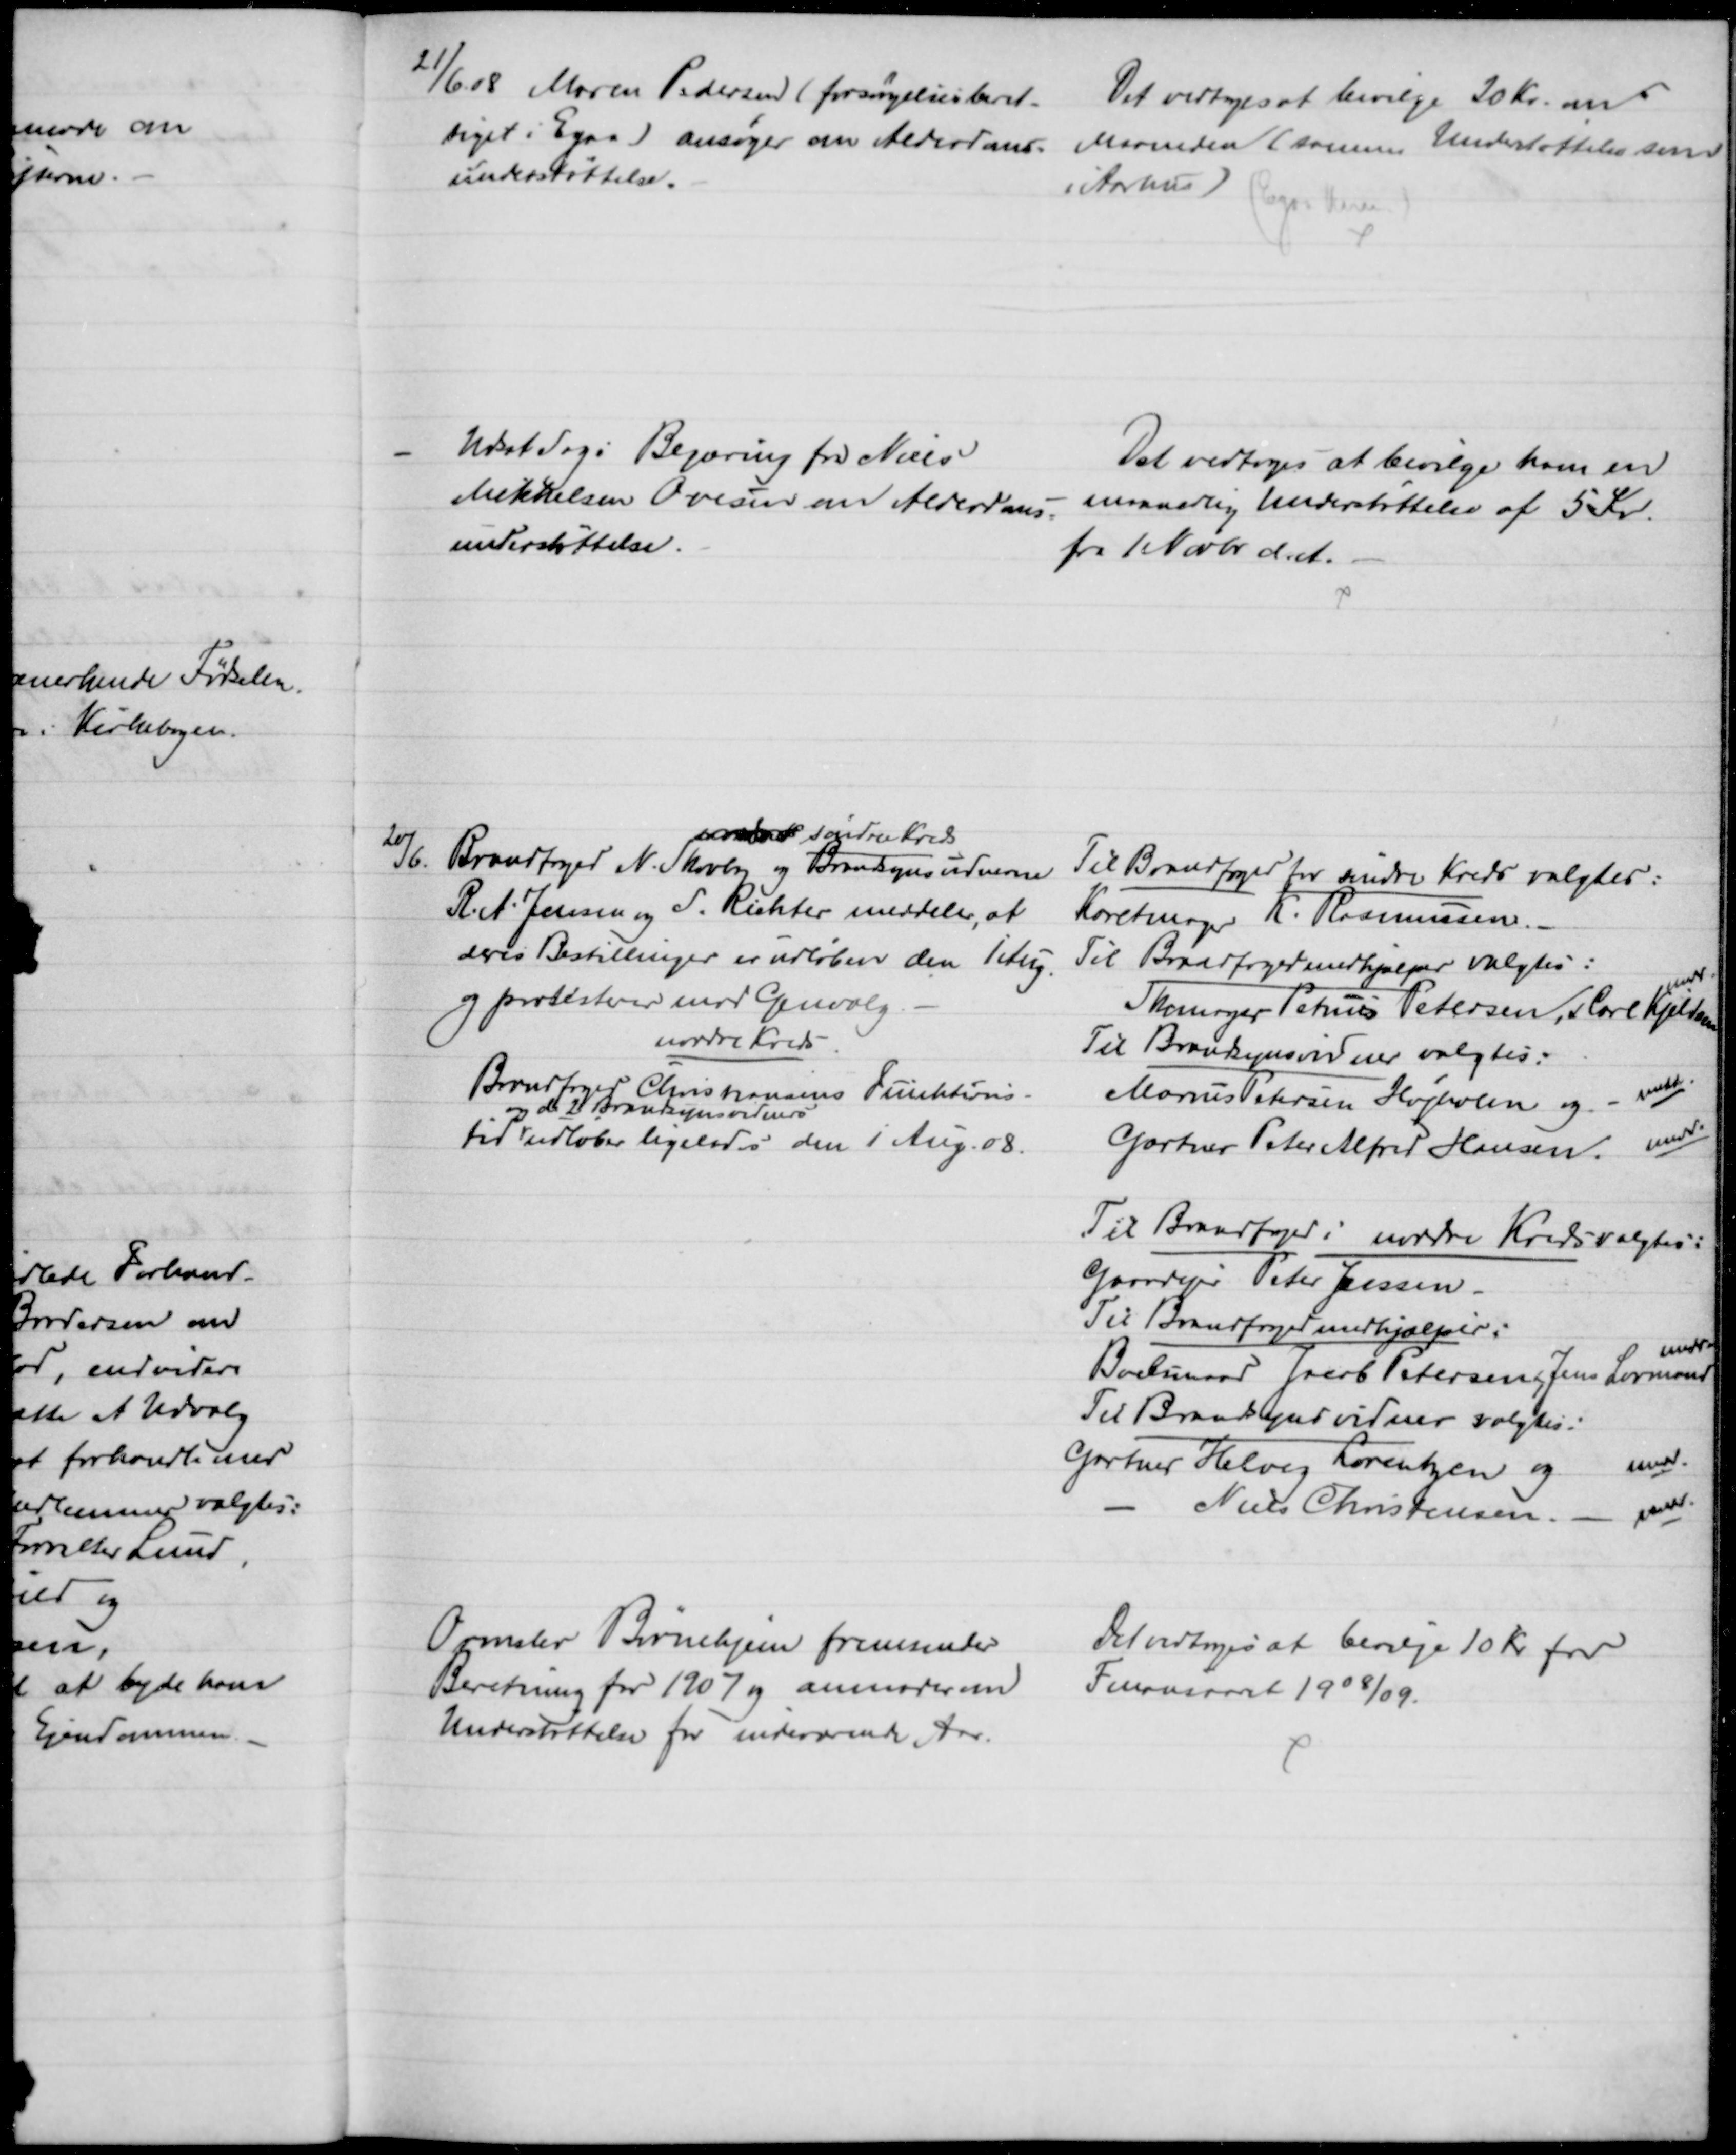
Transskription:
21/6 08 Maren Pedersen (forsørgelsesberet-
tiget i Egaa) ansøger om Alderdoms=
understøttelse.
Det vedtoges at bevilge 20 Kr. om
Maaneden (samme Understøttelse som
i Aarhus)
(Egaa Komm.)
Udsat Sag: Begæring fra Niels
Mikkelsen Ovesen om Alderdoms=
understøttelse.
Det vedtoges at bevilge ham en
maanedlig Understøttelse af 5 Kr.
fra 1 Novbr. d. A.
20/6
nordre søndre Kreds
Brandfoged N. Skovby og Brandsynsvidnerne
R. A. Jensen og S. Richter meddeler, at
deres Bestillinger er udløben den 1 Aug
og protesterer mod Genvalg.
nordre Kreds
Brandfoged Christiansens Funktions-
tid 
og de 2 Brandsynsvidners
udløber ligeledes den 1 Aug. 08.
Til Brandfoged for søndre Kreds valgtes:
Karetmager K. Rasmussen.
Til Brandfogedmedhjælper valgtes:
Skomager Petrus Petersen, Carl Kjeldsen
medd.
Til Brandsynsvidner valgtes:
Marius Petersen Højholm og 
medd.
Gartner Peter Alfred Hansen 
medd.
Til Brandfoged i nordre Kreds valgtes:
Gaardejer Peter Jessen.
Til Brandfogedmedhjælper:
Boelsmand Jacob Petersen, Jens Lovmand
medd.
Til Brandsynsvidner valgtes:
Gartner Helveg Lorentzen og
medd.
Niels Christensen 
medd.
Ormslev Børnehjem fremsender
Beretning for 1907 og anmoder om
Understøttelse for indeværende Aar.
Det vedtoges at bevilge 10 Kr for
Finansaaret 1908/09.